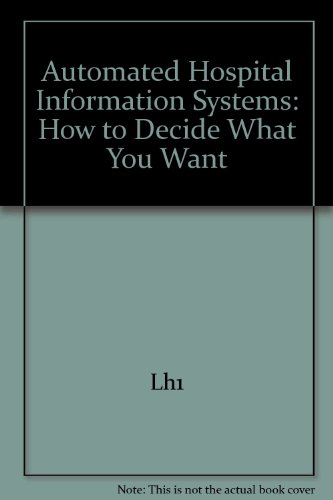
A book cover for Automated Hospital Information Systems: How to Decide What You Want; Lh1; Medical Books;